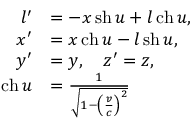
{ \begin{array} { r l } { l ^ { \prime } } & { = - x \operatorname { s h } u + l \operatorname { c h } u , } \\ { x ^ { \prime } } & { = x \operatorname { c h } u - l \operatorname { s h } u , } \\ { y ^ { \prime } } & { = y , \quad z ^ { \prime } = z , } \\ { \operatorname { c h } u } & { = { \frac { 1 } { \sqrt { 1 - \left( { \frac { v } { c } } \right) ^ { 2 } } } } } \end{array} }